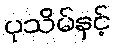
ပုသိမ်နှင့်